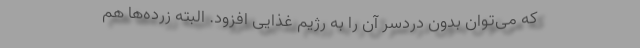
که می‌توان بدون دردسر آن را به رژیم غذایی افزود. البته زرده‌ها هم